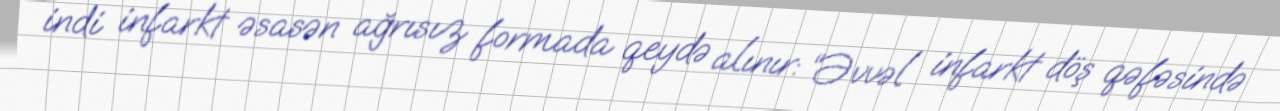
indi infarkt əsasən ağrısız formada qeydə alınır: “Əvvəl infarkt döş qəfəsində